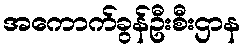
အကောက်ခွန်ဦးစီးဌာန